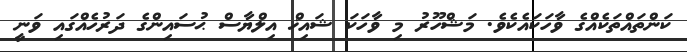
ކަންތައްތަކެއްގެ ވާހަކައެކެވެ. މަޝްހޫރު މި ވާހަކަ ޝައިޚް އިލްޔާސް ޙުސައިންގެ ދަރުހެއްގައި ވަނީ